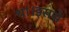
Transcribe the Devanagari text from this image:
था।इससे